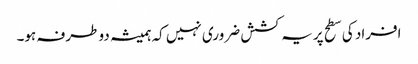
افراد کی سطح پر یہ کشش ضروری نہیں کہ ہمیشہ دو طرفہ ہو۔